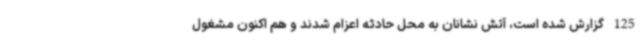
125 گزارش شده است، آتش نشانان به محل حادثه اعزام شدند و هم اکنون مشغول